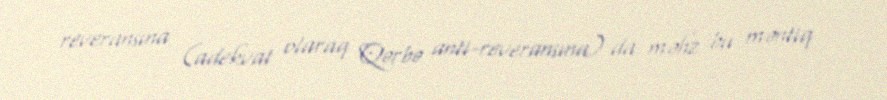
reveransına (adekvat olaraq Qərbə anti-reveransına) da məhz bu məntiq